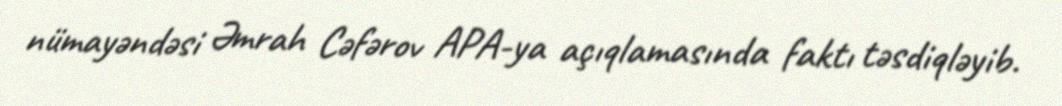
nümayəndəsi Əmrah Cəfərov APA-ya açıqlamasında faktı təsdiqləyib.